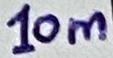
Text: 10m